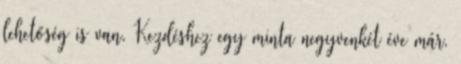
lehetőség is van. Kezdéshez egy minta negyvenkét éve már.